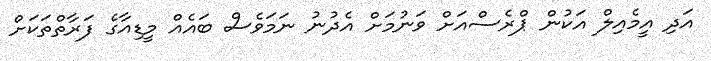
އަދި އީމެއިލް އަކުން ޕްރެސްއަށް ވަނުމަށް އެދުނު ނަމަވެސް ބައެއް މީޑިއާގެ ފަރާތްތަކަށް